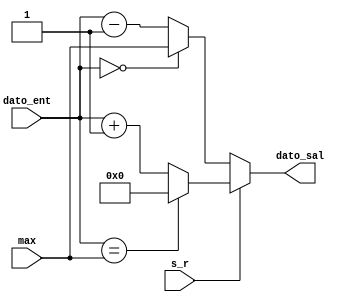
`timescale 1ns / 1ps
//////////////////////////////////////////////////////////////////////////////////
// Company: 
// Engineer: 
// 
// Design Name: 
// Module Name:    SUMA_RESTA 
// Project Name: 
// Target Devices: 
// Tool versions: 
// Description: 
//
// Dependencies: 
//
// Revision: 
// Revision 0.01 - File Created
// Additional Comments: 
//
//////////////////////////////////////////////////////////////////////////////////
module SUMA_RESTA(
	input wire [6:0] dato_ent,
	input wire [6:0] max,
	input wire s_r,
	output reg [6:0] dato_sal
   );
	
	always @* begin
		if (s_r) begin // s_r en alto = suma.
			if (dato_ent == max) begin
				dato_sal = 7'b0000000;
			end else begin
				dato_sal = dato_ent + 7'b0000001;
			end
		end else begin // s_r en bajo = resta.
			if (dato_ent == 7'b0000000) begin
				dato_sal = max;
			end else begin
				dato_sal = dato_ent - 7'b0000001;
			end
		end
	end

endmodule